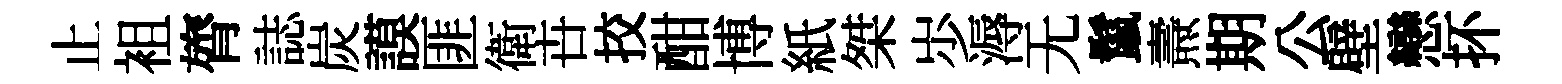
止袓膂誌炭謨匪衛卋挍酣博紙桀𡵯溽无鬣燾期公壁戀抔